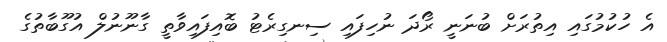
އެ ހުކުމުގައި އިތުރަށް ބުނަނީ ރޯދަ ނުހިފައި ސިނގިރެޓު ބޮއިފައިވާތީ ގާނޫނުލް އުގޫބާތުގެ